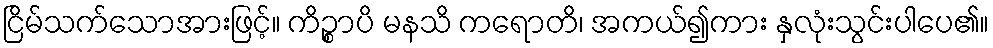
ငြိမ်သက်သောအားဖြင့်။ ကိဉ္စာပိ မနသိ ကရောတိ၊ အကယ်၍ကား နှလုံးသွင်းပါပေ၏။